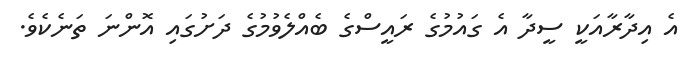
އެ އިދާރާއަކީ ސީދާ އެ ގައުމުގެ ރައީސްގެ ބެއްލެވުމުގެ ދަށުގައި އޮންނަ ތަނެކެވެ.